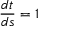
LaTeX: { \frac { d t } { d s } } = 1